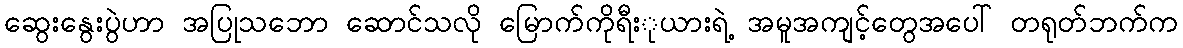
ဆွေးနွေးပွဲဟာ အပြုသဘော ဆောင်သလို မြောက်ကိုရီးုယားရဲ့ အမူအကျင့်တွေအပေါ် တရုတ်ဘက်က